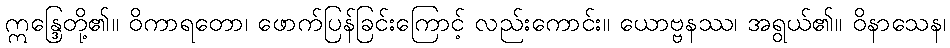
ဣန္ဒြေတို့၏။ ဝိကာရတော၊ ဖောက်ပြန်ခြင်းကြောင့် လည်းကောင်း။ ယောဗ္ဗနဿ၊ အရွယ်၏။ ဝိနာသေန၊